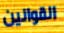
القوانين